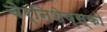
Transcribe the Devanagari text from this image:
चेर्निशेव्स्की